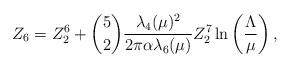
LaTeX: \begin{align*}Z_6 = Z_2^6 + {5 \choose 2}{\lambda_4(\mu)^2\over 2\pi\alpha \lambda_6(\mu)} Z_2^7\ln\left(\Lambda\over\mu\right),\end{align*}